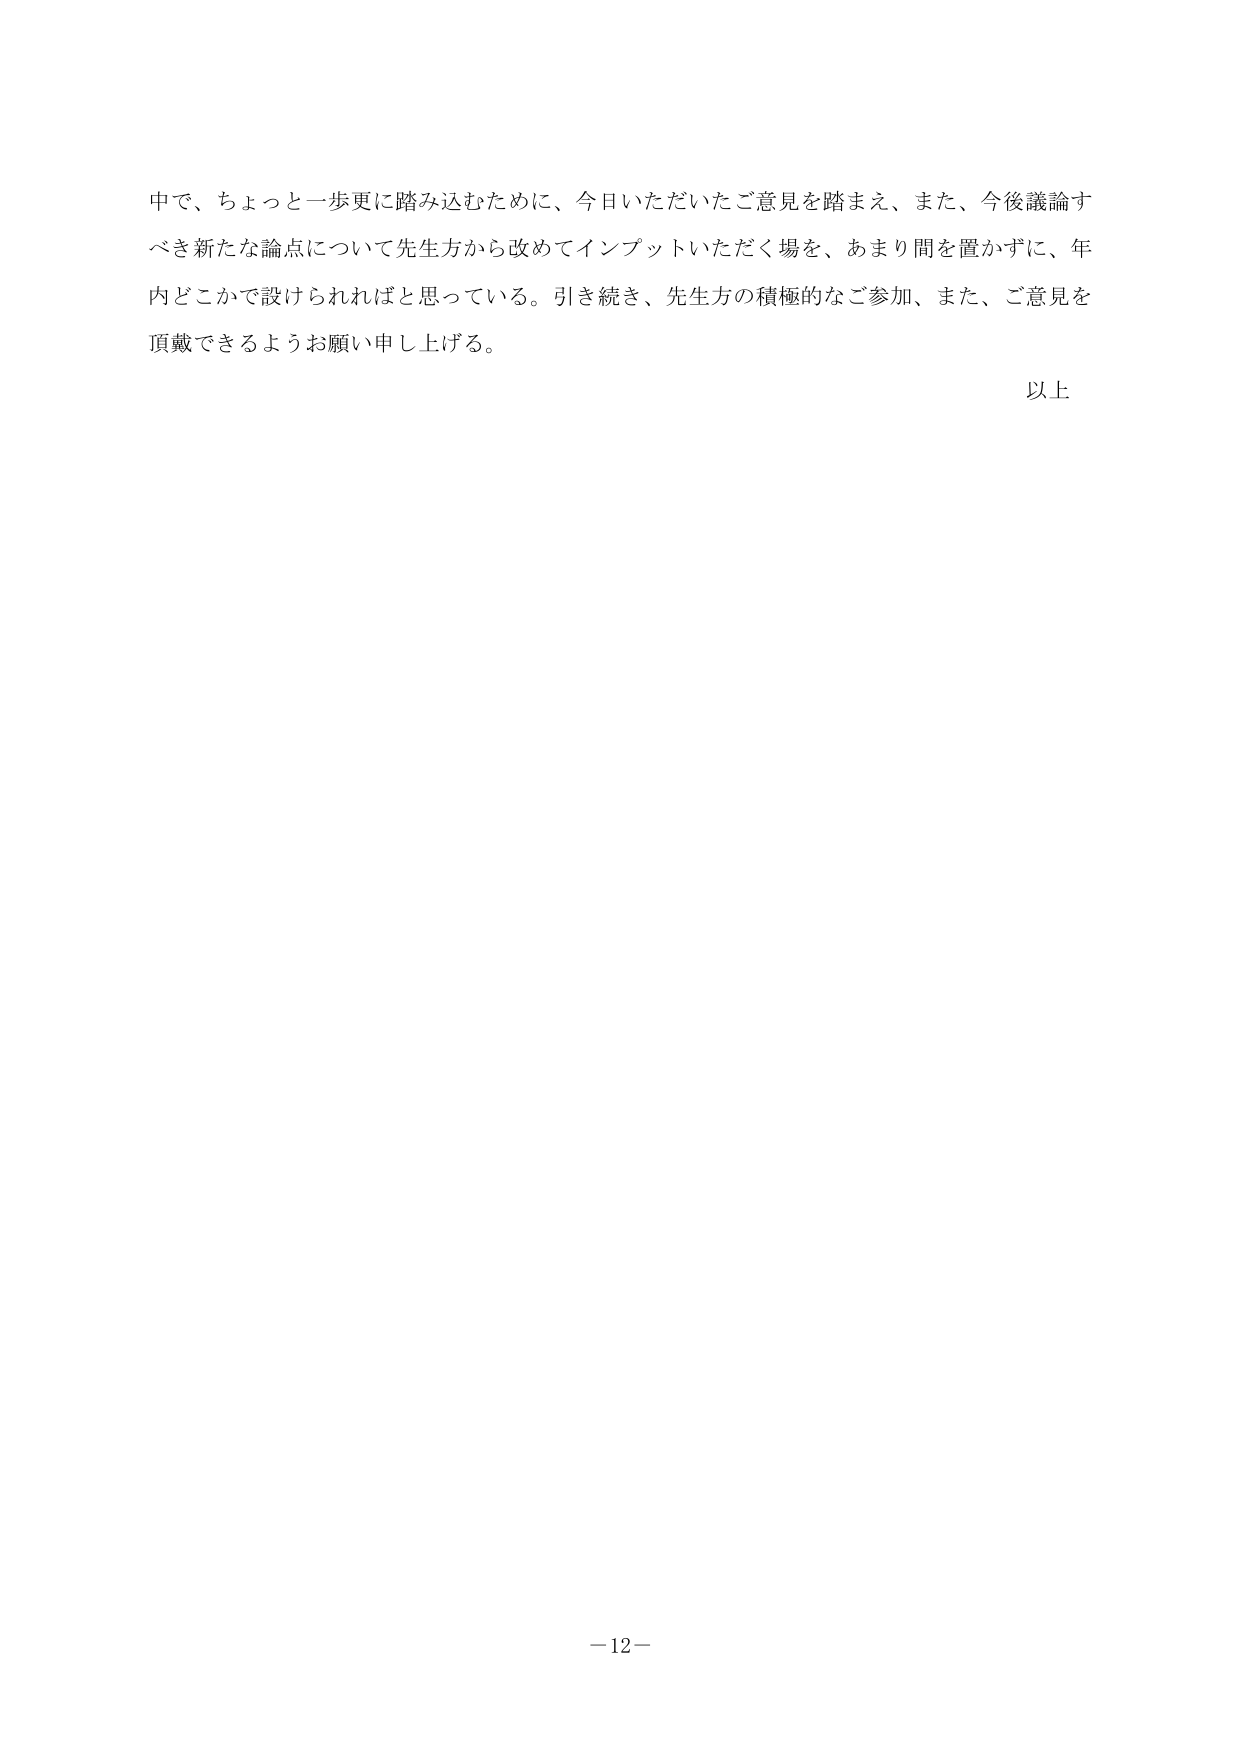
中で、ちょっと一歩更に踏み込むために、今日いただいたご意見を踏まえ、また、今後議論すべき新たな論点について先生方から改めてインプットいただく場を、あまり間を置かずに、年内どこかで設けられればと思っている。引き続き、先生方の積極的なご参加、また、ご意見を頂戴できるようお願い申し上げる。

以上

－12－